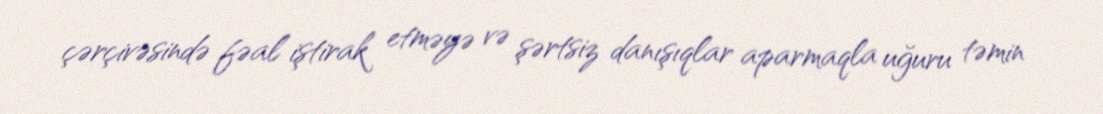
çərçivəsində fəal iştirak etməyə və şərtsiz danışıqlar aparmaqla uğuru təmin